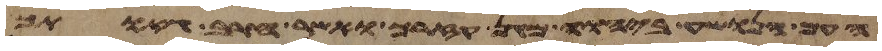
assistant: העם הנושע ביהוה מגן עזרך ואשר חרב גאתך